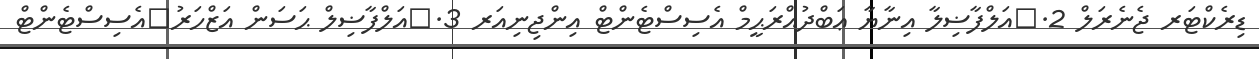
ޑިރެކްޓަރ ޖެނެރަލް 2.	އަލްފާޟިލާ އިނާޔާ ޢަބްދުއްރަޙީމް އެސިސްޓެންޓް އިންޖިނިއަރ 3.	އަލްފާޟިލް ޙަސަން އަޒްހަރު	އެސިސްޓެންޓް